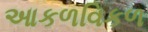
આકળવિકળ